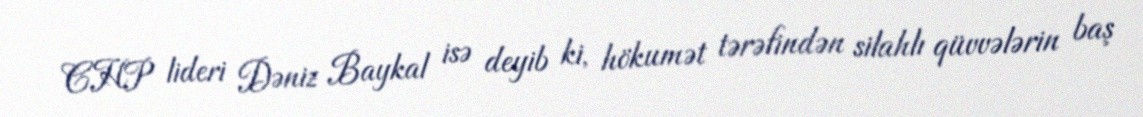
CHP lideri Dəniz Baykal isə deyib ki, hökumət tərəfindən silahlı qüvvələrin baş